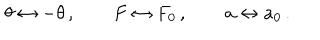
LaTeX: \theta \leftrightarrow - \theta \, , \qquad F \leftrightarrow F _ { 0 } \, , \qquad a \leftrightarrow a _ { 0 } \, .